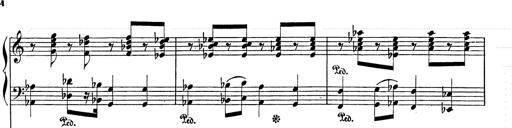
Title: Festvorspiel
Composer: Franz Liszt